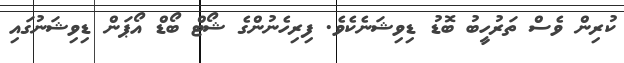
ކުރިން ވެސް ތަރުހީބު ބޮޑު ޑިވިޝަނެކެވެ. ފިރިހެނުންގެ ޝޯޓް ބޯޑް އޯޕަން ޑިވިޝަނުގައި